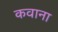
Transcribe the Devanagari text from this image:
कवाना